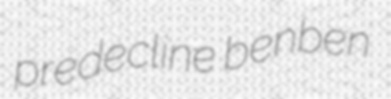
predecline benben